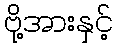
ဗို့အားနှင့်